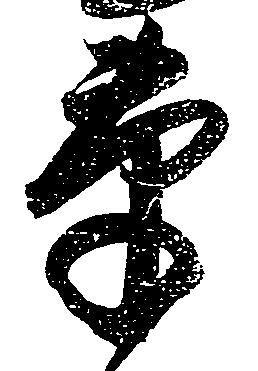
草